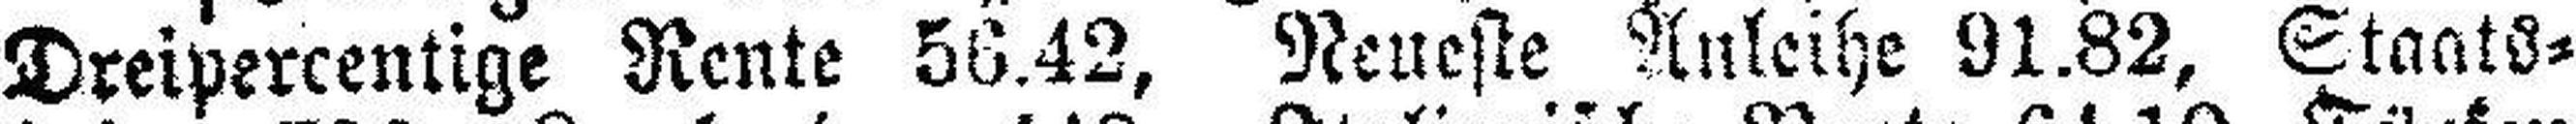
Dreipercentige Rente 56.42, Neueste Anleihe 91.82, Staats¬